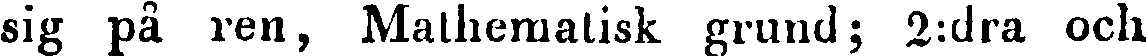
sig på ren, Mathemalisk grund; 2:dra och